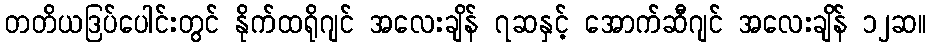
တတိယဒြပ်ပေါင်းတွင် နိုက်ထရိုဂျင် အလေးချိန် ၇ဆနှင့် အောက်ဆီဂျင် အလေးချိန် ၁၂ဆ။